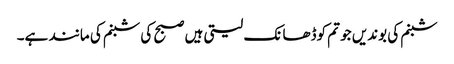
شبنم کی بوندیں جو تم کوڈھانک لیتی ہیں صبح کی شبنم کی مانند ہے۔